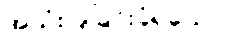
အသုံးပြုခြင်းခံရသော